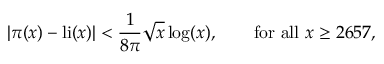
| \pi ( x ) - \operatorname { l i } ( x ) | < { \frac { 1 } { 8 \pi } } { \sqrt { x } } \log ( x ) , \qquad { \mathrm { f o r ~ a l l ~ } } x \geq 2 6 5 7 ,